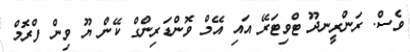
ވެސް. ރަންރީނދޫ ޓްވިޓަރޭ އައި އޭމް ވޮންޑަރިންގް ކޭން ޔޫ ވިން ފްރޮމް